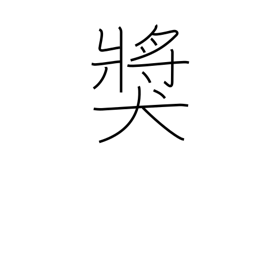
Meaning: prize